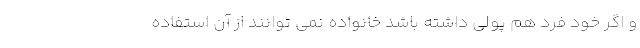
و اگر خود فرد هم پولی داشته باشد خانواده نمی توانند از آن استفاده